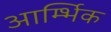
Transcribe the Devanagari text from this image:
आर्म्भिक